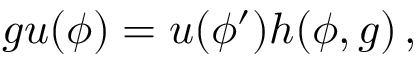
g u ( \phi ) = u ( \phi ^ { \prime } ) h ( \phi , g ) \, ,